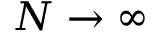
N \to \infty